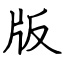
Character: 版